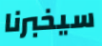
سيخبرنا